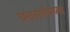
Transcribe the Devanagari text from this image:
घरासमोरच्या